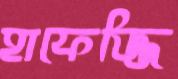
হাফেজ্জি